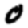
Digit: 0